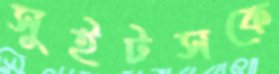
সুইটসকে